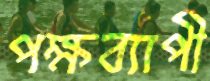
পক্ষব্যাপী